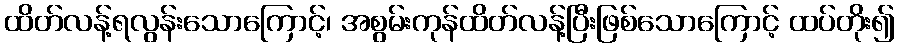
ထိတ်လန့်ရလွန်းသောကြောင့်၊ အစွမ်းကုန်ထိတ်လန့်ပြီးဖြစ်သောကြောင့် ထပ်တိုး၍